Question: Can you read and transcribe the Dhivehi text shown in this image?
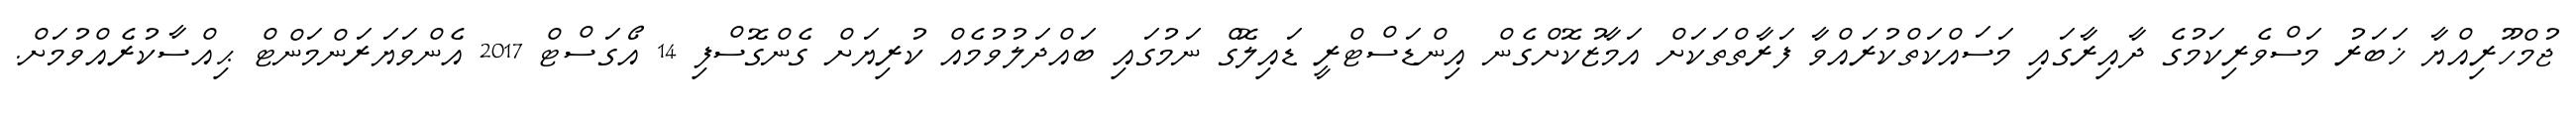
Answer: ޖުމްހޫރިއްޔާ ޚަބަރު މަސްވެރިކަމުގެ ދާއިރާގައި މަސައްކަތްކުރައްވާ ފަރާތްތަކަށް އަމާޒުކޮށްގެން އިންޑަސްޓްރީ ޑައިލޮގް ނަމުގައި ބައްދަލުވުމެއް ކުރިޔަށް ގެންގޮސްފި 14 އޯގަސްޓް 2017 އެންވަޔަރަންމަންޓް ޙިއްސާކުރެއްވުމަށް.